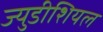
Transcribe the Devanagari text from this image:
ज्युडीशियल